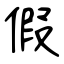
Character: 假